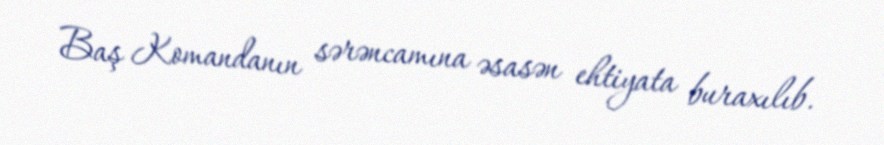
Baş Komandanın sərəncamına əsasən ehtiyata buraxılıb.